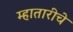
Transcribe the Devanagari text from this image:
म्हातारीचे